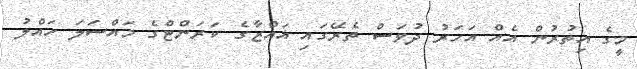
މީގެ އިތުރުން އެއް އަހަރު ދުވަސް ތެރޭގައި ޣައްޒާގެ ކަރަންޓްގެ މައްސަަލަ ހައްލު